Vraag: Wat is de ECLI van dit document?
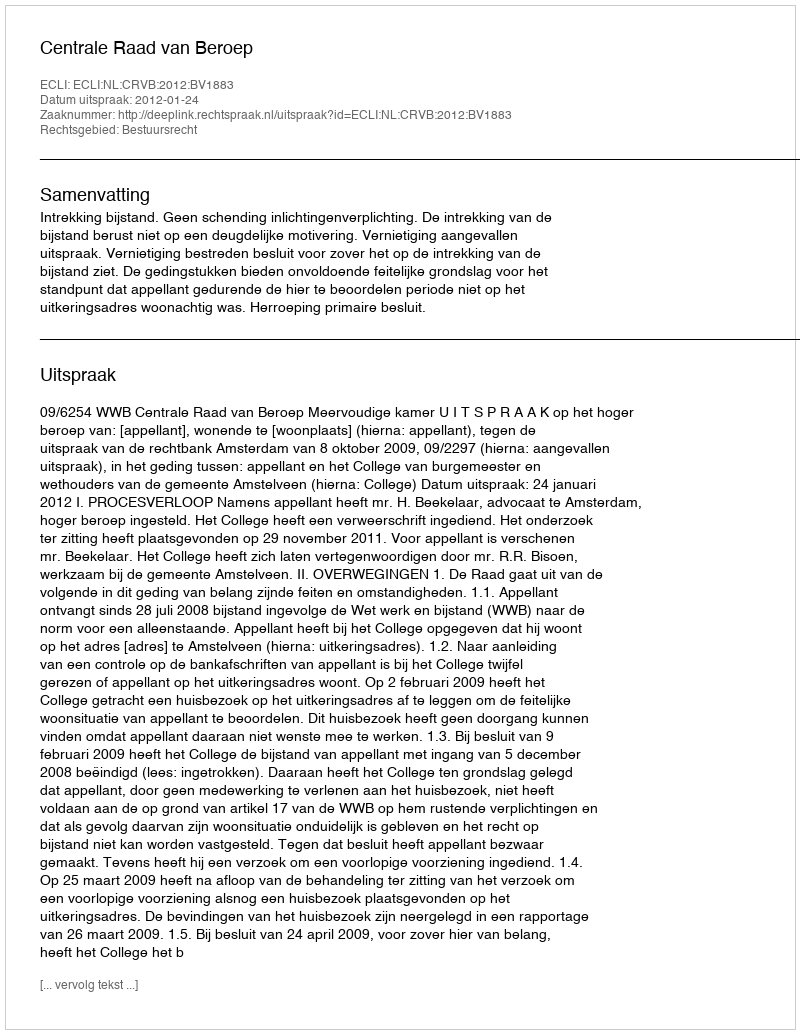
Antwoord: ECLI:NL:CRVB:2012:BV1883